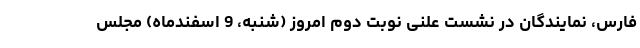
فارس، نمایندگان در نشست علنی نوبت دوم امروز (شنبه، 9 اسفندماه) مجلس